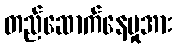
တည်ဆောက်နေမှုအား